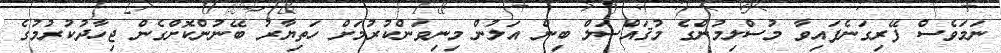
ނަމަވެސް ފޭރިގަނެފައިވާ މުސްލިމުންގެ މުޤައްސަލް ބިން އަލުން މިނިވަންކުރުމަށް ހަތިޔާރު ބޭނުންކޮށްގެން ޖިހާދުކުރުމުގެ